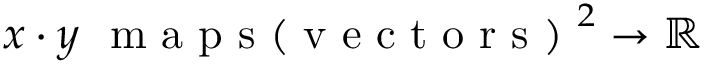
x \cdot y \mathrm { ~ \ m ~ a ~ p ~ s ~ ( ~ v ~ e ~ c ~ t ~ o ~ r ~ s ~ ) ~ } ^ { 2 } \to \mathbb { R }